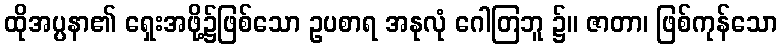
ထိုအပ္ပနာ၏ ရှေးအဖို့၌ဖြစ်သော ဥပစာရ အနုလုံ ဂေါတြဘူ ၌။ ဇာတာ၊ ဖြစ်ကုန်သော